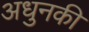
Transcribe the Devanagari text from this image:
अधुनकी